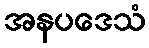
အနပဒေသံ